Indian journal of veterinary science and animal husbandry - Volume 3,
Year: 1933
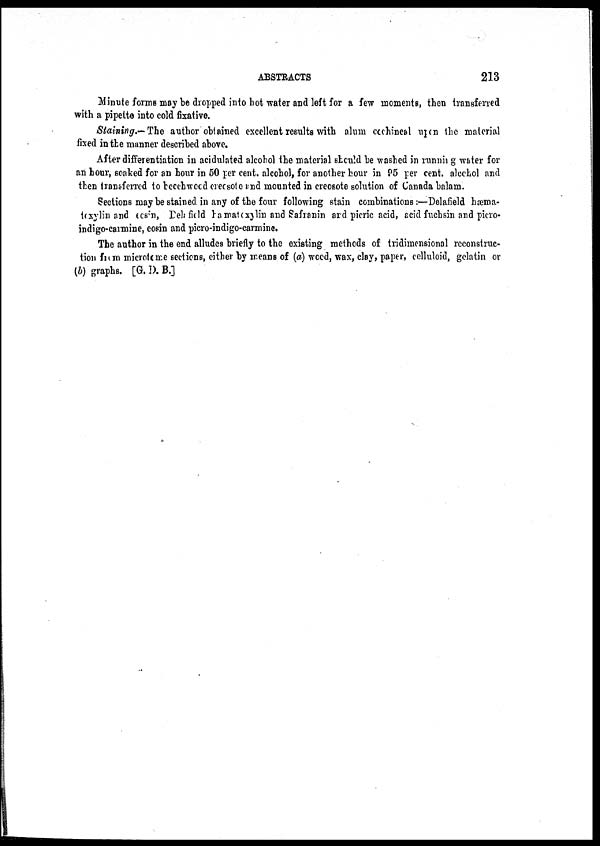
ABSTRACTS
213
Minute forms may be dropped into hot water and left for a few moments, then transferred
with a pipette into cold fixative.
Staining.- The author obtained excellent results with alum cochineal upon the material
fixed in the manner described above.
After differentiation in acidulated alcohol the material should be washed in running water for
an hour, soaked for an hour in 50 per cent. alcohol, for another hour in P5 per cent. alcohol and
then transferred to becchwood creosote and mounted in creosote solution of Canada balam.
Sections may be stained in any of the four following stain combinations :—Delafield hæma-
toxylin and eosin, Delafield hamatoxylin and Safranin and picric acid, acid fuchsin and picro¬
indigo-carmine, eosin and picro-indigo-carmine.
The author in the end alludes briefly to the existing methods of tridimensional reconstruc-
tion from microtome sections, either by means of (a) wood, wax, clay, paper, celluloid, gelatin or
(b) graphs. [G. D. B.]